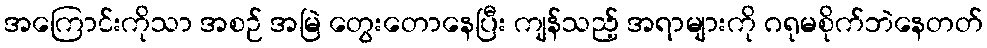
အကြောင်းကိုသာ အစဉ် အမြဲ တွေးတောနေပြီး ကျန်သည့် အရာများကို ဂရုမစိုက်ဘဲနေတတ်